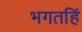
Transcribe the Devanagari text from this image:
भगतहिं